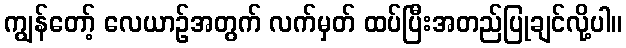
ကျွန်တော့် လေယာဉ်အတွက် လက်မှတ် ထပ်ပြီးအတည်ပြုချင်လို့ပါ။